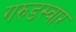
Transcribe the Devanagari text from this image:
गरुडस्वार